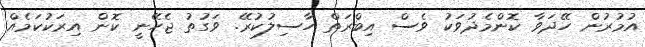
އުމުރުން ހޭދަވާ ކޮންމެދުވަކު ވެސް އިބްރަތް ހާސިލުކުރޭ. ވަގުތު ޖެހޭނީ ކޮން އިރަކުކަމެއް